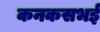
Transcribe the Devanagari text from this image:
कनकसभई